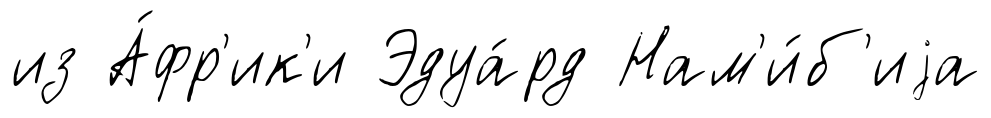
из А́фр'ик'и Эдуа́рд Нам'и́б'иjа